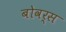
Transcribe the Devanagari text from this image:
बोवर्स